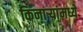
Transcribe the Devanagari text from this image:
किनाऱ्यांमध्ये